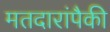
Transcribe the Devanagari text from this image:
मतदारांपैकी